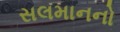
સલમાનનો